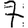
Digit: 7